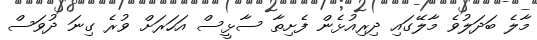
މާލެ ބަދަލުވެ މާލޭގައި ދިރިއުޅެން ފެށިތާ ސާޅީސް އަހަރަށް ވުރެ ގިނަ ދުވަސް